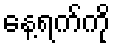
နေ့ရက်ကို